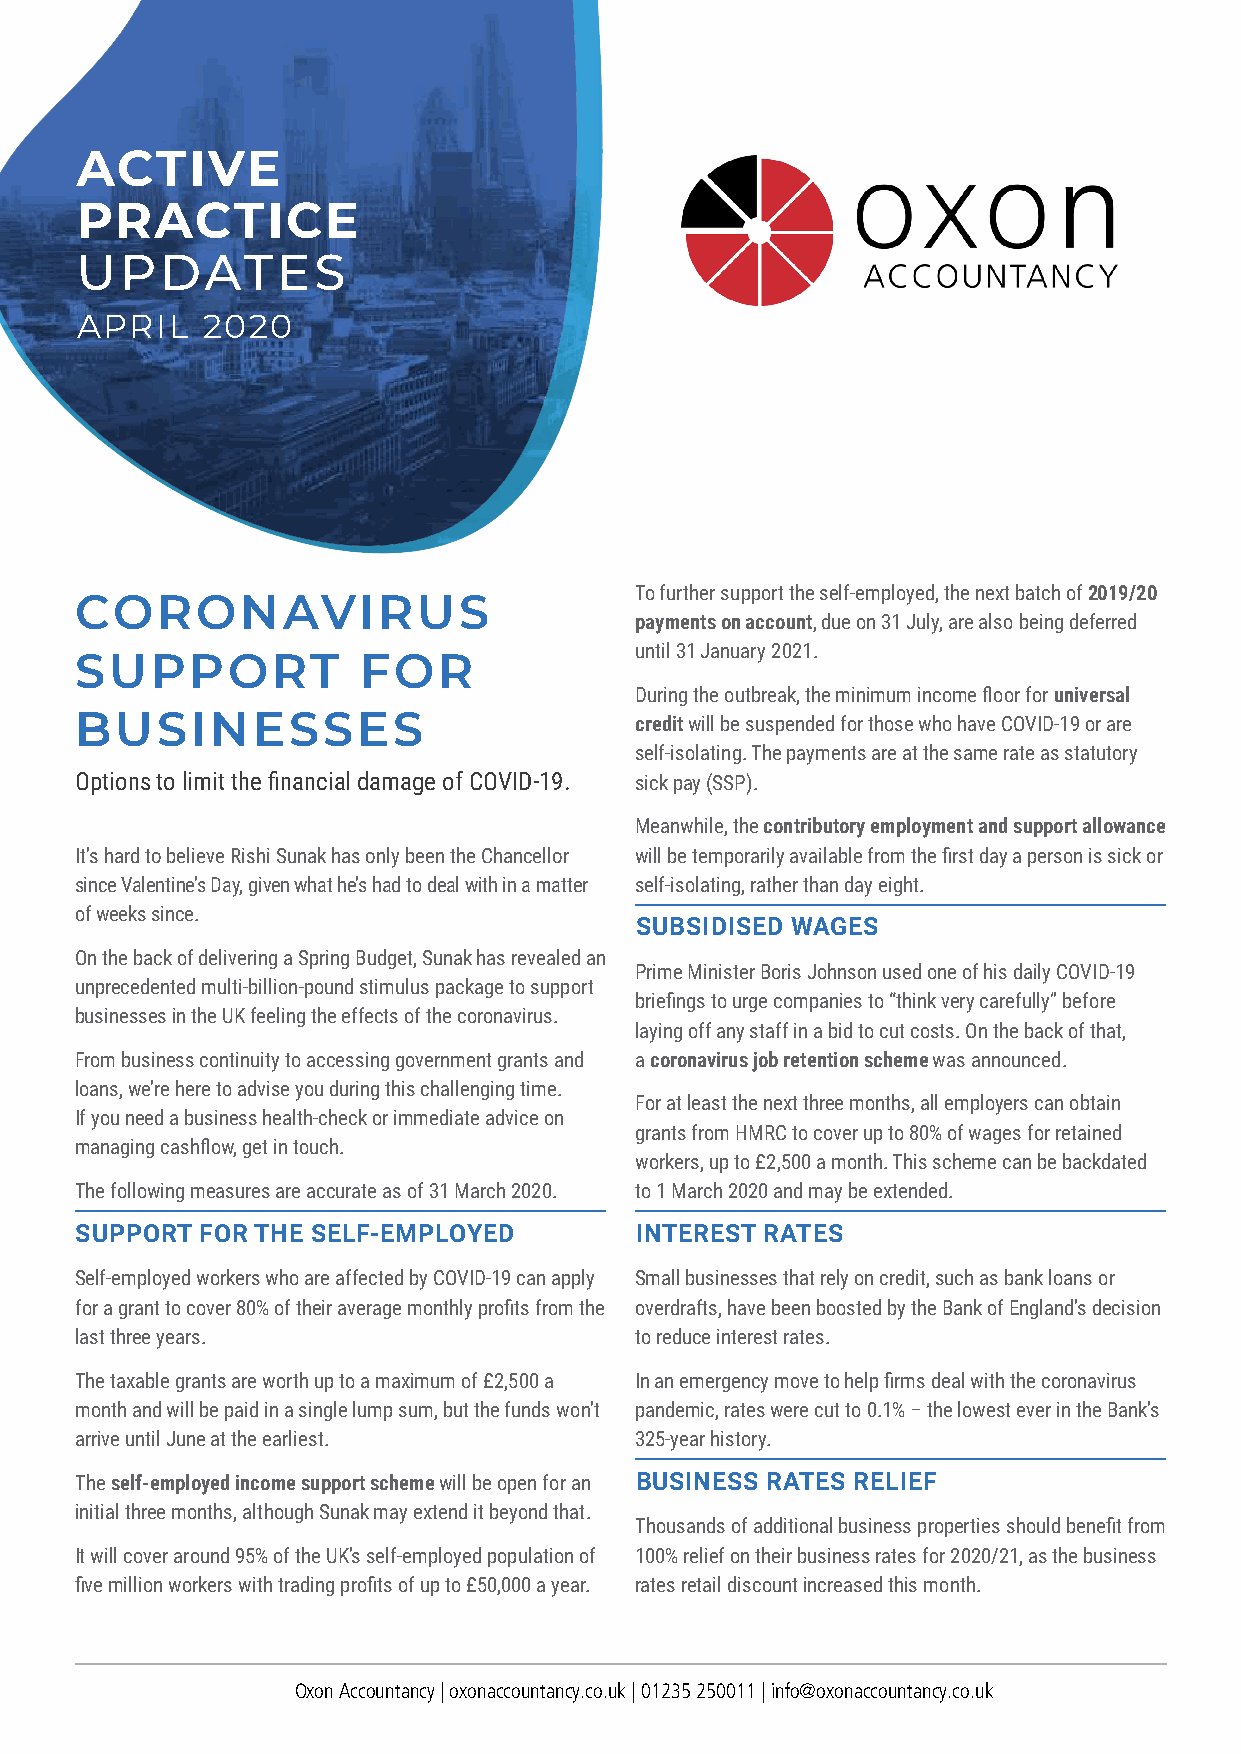
ACTIVE
 PRACTICE
 UPDATES
 APRIL   2020
 To further support the self-employed, the next batch of 2019/20
 CORONAVIRUS
 payments on account, due on 31 July, are also being deferred
 until 31 January 2021.
 SUPPORT            FOR
 During the outbreak, the minimum income floor for universal
 BUSINESSES                           credit will be suspended for those who have COVID-19 or are
 self-isolating. The payments are at the same rate as statutory
 Options to limit the financial damage of COVID-19. sick pay (SSP).
 Meanwhile, the contributory employment and support allowance
 It’s hard to believe Rishi Sunak has only been the Chancellor will be temporarily available from the first day a person is sick or
 since Valentine’s Day, given what he’s had to deal with in a matter self-isolating, rather than day eight.
 of weeks since.
 SUBSIDISED WAGES
 On the back of delivering a Spring Budget, Sunak has revealed an
 Prime Minister Boris Johnson used one of his daily COVID-19
 unprecedented multi-billion-pound stimulus package to support
 briefings to urge companies to “think very carefully” before
 businesses in the UK feeling the effects of the coronavirus.
 laying off any staff in a bid to cut costs. On the back of that,
 From business continuity to accessing government grants and a coronavirus job retention scheme was announced.
 loans, we’re here to advise you during this challenging time.
 For at least the next three months, all employers can obtain
 If you need a business health-check or immediate advice on
 grants from HMRC to cover up to 80% of wages for retained
 managing cashflow, get in touch.
 workers, up to £2,500 a month. This scheme can be backdated
 The following measures are accurate as of 31 March 2020. to 1 March 2020 and may be extended.
 SUPPORT FOR THE SELF-EMPLOYED        INTEREST RATES
 Self-employed workers who are affected by COVID-19 can apply Small businesses that rely on credit, such as bank loans or
 for a grant to cover 80% of their average monthly profits from the overdrafts, have been boosted by the Bank of England’s decision
 last three years.                    to reduce interest rates.
 The taxable grants are worth up to a maximum of £2,500 a In an emergency move to help firms deal with the coronavirus
 month and will be paid in a single lump sum, but the funds won’t pandemic, rates were cut to 0.1% – the lowest ever in the Bank’s
 arrive until June at the earliest.   325-year history.
 The self-employed income support scheme will be open for an BUSINESS RATES RELIEF
 initial three months, although Sunak may extend it beyond that.
 Thousands of additional business properties should benefit from
 It will cover around 95% of the UK’s self-employed population of 100% relief on their business rates for 2020/21, as the business
 five million workers with trading profits of up to £50,000 a year. rates retail discount increased this month.
 Oxon Accountancy | oxonaccountancy.co.uk | 01235 250011 | info@oxonaccountancy.co.uk